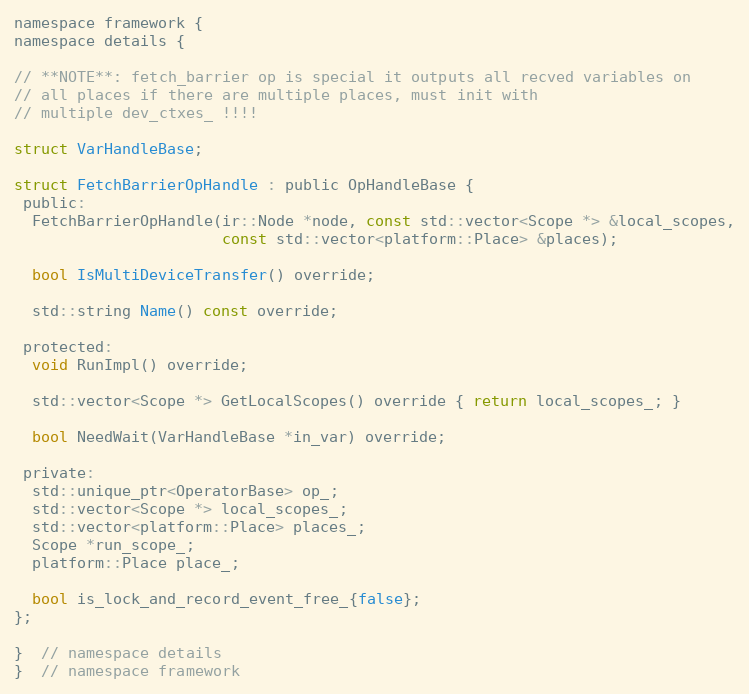
Language: C
namespace framework {
namespace details {

// **NOTE**: fetch_barrier op is special it outputs all recved variables on
// all places if there are multiple places, must init with
// multiple dev_ctxes_ !!!!

struct VarHandleBase;

struct FetchBarrierOpHandle : public OpHandleBase {
 public:
  FetchBarrierOpHandle(ir::Node *node, const std::vector<Scope *> &local_scopes,
                       const std::vector<platform::Place> &places);

  bool IsMultiDeviceTransfer() override;

  std::string Name() const override;

 protected:
  void RunImpl() override;

  std::vector<Scope *> GetLocalScopes() override { return local_scopes_; }

  bool NeedWait(VarHandleBase *in_var) override;

 private:
  std::unique_ptr<OperatorBase> op_;
  std::vector<Scope *> local_scopes_;
  std::vector<platform::Place> places_;
  Scope *run_scope_;
  platform::Place place_;

  bool is_lock_and_record_event_free_{false};
};

}  // namespace details
}  // namespace framework